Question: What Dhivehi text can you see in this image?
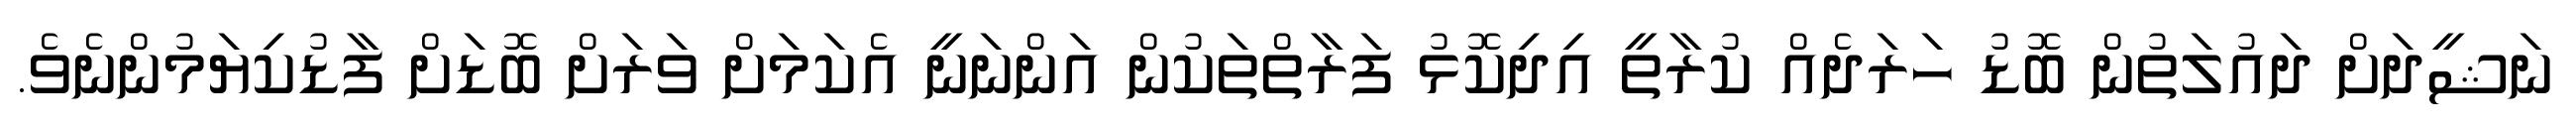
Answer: ނަޝީދަށް ދައުލަތުން ބޮޑު ހަރަދެއް ކުރާތީ އިދިކޮޅު ފަރާތްތަކުން އަންނަނީ އެކަމަށް ވަރަށް ބޮޑަށް ފާޑުކިޔަމުންނެވެ.